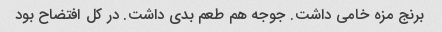
برنج مزه خامی داشت. جوجه هم طعم بدی داشت. در کل افتضاح بود